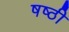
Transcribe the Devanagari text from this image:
षष्‍ठी